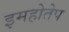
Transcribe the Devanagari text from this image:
इमहोतेप